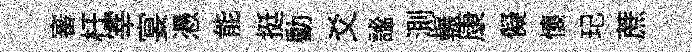
審枉宰宴慿能挺動爻謐測輾康儗懷玘蔗